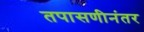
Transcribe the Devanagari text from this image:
तपासणीनंतर